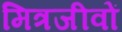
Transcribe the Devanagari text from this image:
मित्रजीवों